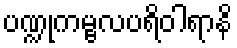
ပဏ္ဍုကမ္ဗလပရိဝါရာနိ